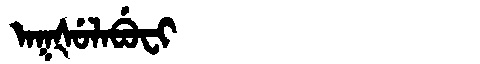
Manchu: ᠠᡴᡧᡠᠯᠠᠪᡠᠸᡳ
Romanization: AKŠULABUFI